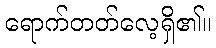
ရောက်တတ်လေ့ရှိ၏။